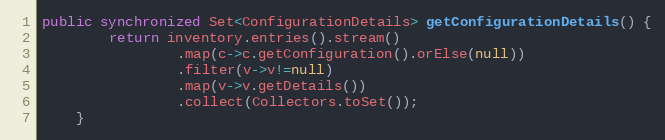
Language: Java
public synchronized Set<ConfigurationDetails> getConfigurationDetails() {
		return inventory.entries().stream()
				.map(c->c.getConfiguration().orElse(null))
				.filter(v->v!=null)
				.map(v->v.getDetails())
				.collect(Collectors.toSet());
	}